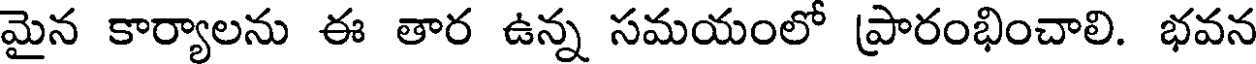
మైన కార్యాలను ఈ తార ఉన్న సమయంలో ప్రారంభించాలి. భవన